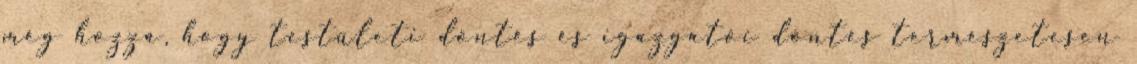
még hozzá, hogy testületi döntés és igazgatói döntés természetesen